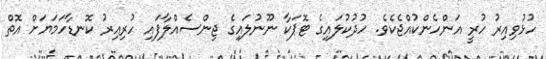
ހުޅުވިއިރު ހުރީ އަންހެންކުއްޖެކެވެ. ހުދުކުލައިގެ ޓޮޕަކާ ނޫނުލައިގެ ޖިންސެއްލާފައި ހުރިއިރު ކޮނޑާހަމަޔަށް އޮތް